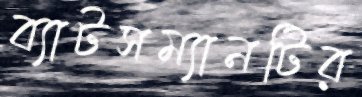
ব্যাটসম্যানটির